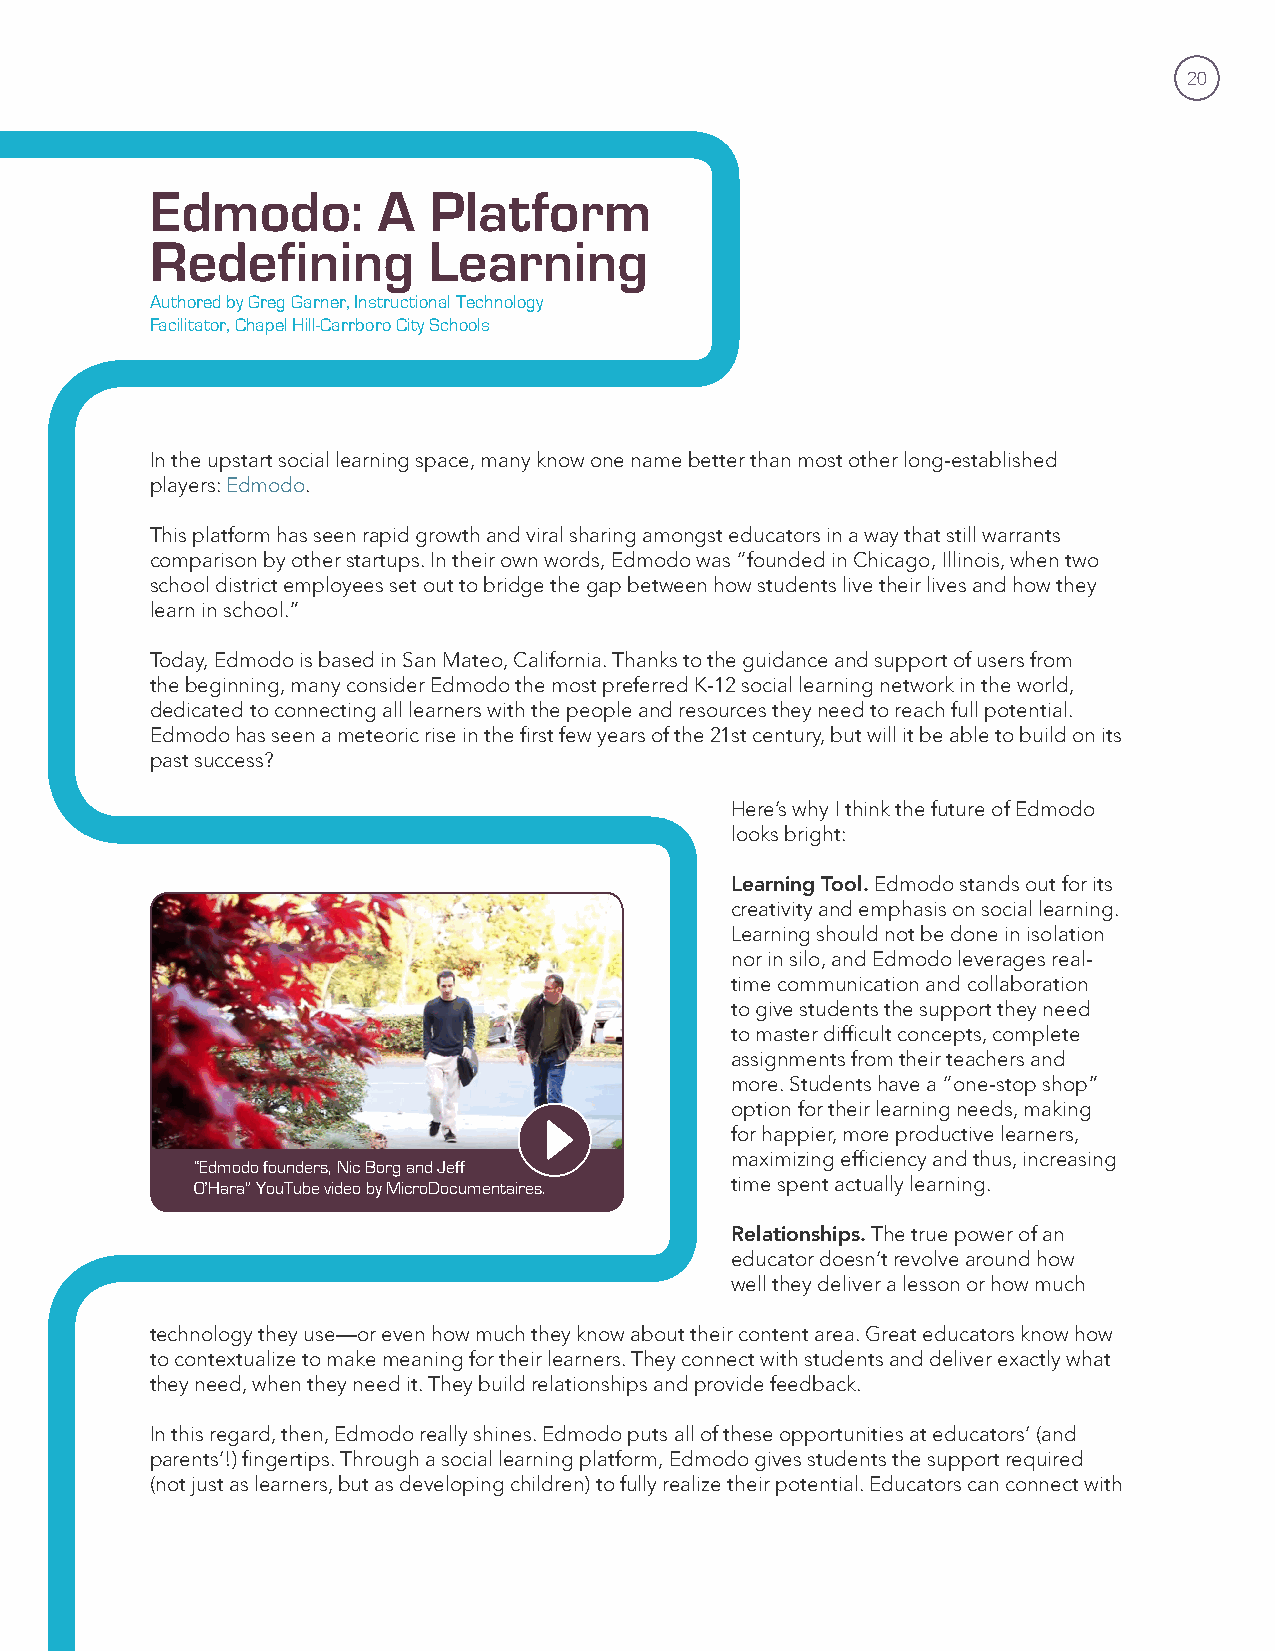
20
 Edmodo:        A  Platform
 Redefining        Learning
 Authored by Greg Garner, Instructional Technology
 Facilitator, Chapel Hill-Carrboro City Schools
 In the upstart social learning space, many know one name better than most other long-established
 players: Edmodo.
 This platform has seen rapid growth and viral sharing amongst educators in a way that still warrants
 comparison by other startups. In their own words, Edmodo was “founded in Chicago, Illinois, when two
 school district employees set out to bridge the gap between how students live their lives and how they
 learn in school.”
 Today, Edmodo is based in San Mateo, California. Thanks to the guidance and support of users from
 the beginning, many consider Edmodo the most preferred K-12 social learning network in the world,
 dedicated to connecting all learners with the people and resources they need to reach full potential.
 Edmodo has seen a meteoric rise in the first few years of the 21st century, but will it be able to build on its
 past success?
 Here’s why I think the future of Edmodo
 looks bright:
 Learning Tool. Edmodo stands out for its
 creativity and emphasis on social learning.
 Learning should not be done in isolation
 nor in silo, and Edmodo leverages real-
 time communication and collaboration
 to give students the support they need
 to master difficult concepts, complete
 assignments from their teachers and
 more. Students have a “one-stop shop”
 option for their learning needs, making
 for happier, more productive learners,
 maximizing efficiency and thus, increasing
 “Edmodo founders, Nic Borg and Jeff
 O’Hara” YouTube video by MicroDocumentaires. time spent actually learning.
 Relationships. The true power of an
 educator doesn’t revolve around how
 well they deliver a lesson or how much
 technology they use—or even how much they know about their content area. Great educators know how
 to contextualize to make meaning for their learners. They connect with students and deliver exactly what
 they need, when they need it. They build relationships and provide feedback.
 In this regard, then, Edmodo really shines. Edmodo puts all of these opportunities at educators’ (and
 parents’!) fingertips. Through a social learning platform, Edmodo gives students the support required
 (not just as learners, but as developing children) to fully realize their potential. Educators can connect with